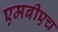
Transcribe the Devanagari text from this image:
एमबीएच